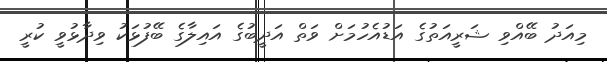
މިއަދު ބޭއްވި ޝަރީއަތުގެ އަޑުއެހުމަށް ވަތް އަދީބުގެ އައިލާގެ ބޭފުޅަކު ވިދާޅުވީ ކުރީ